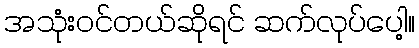
အသုံးဝင်တယ်ဆိုရင် ဆက်လုပ်ပေါ့။